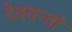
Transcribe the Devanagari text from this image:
देवयन्तो